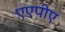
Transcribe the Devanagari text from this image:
एएपीए